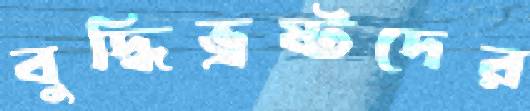
বুদ্ধিভ্রষ্টদের